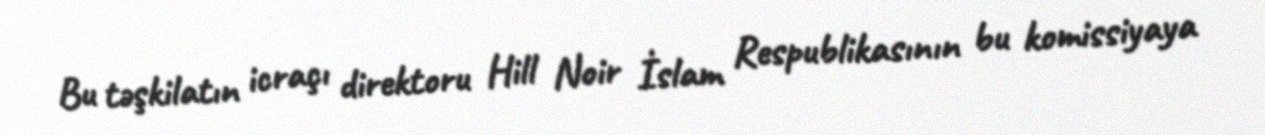
Bu təşkilatın icraçı direktoru Hill Noir İslam Respublikasının bu komissiyaya